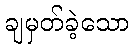
ချမှတ်ခဲ့သော